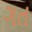
ગત